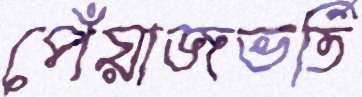
পেঁয়াজভর্তি